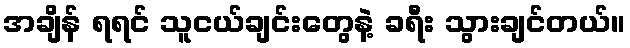
အချိန် ရရင် သူငယ်ချင်းတွေနဲ့ ခရီး သွားချင်တယ်။